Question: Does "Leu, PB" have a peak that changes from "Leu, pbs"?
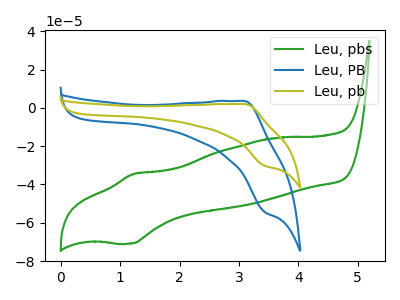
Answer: <think>The green curve "Leu, pbs" has an anodic peak at (1.25V, -34.50uA) and a cathodic peak at (1.20V, -70.85uA). The blue curve "Leu, PB" has an anodic peak at (3.10V, 3.60uA) and a cathodic peak at (3.45V, -54.50uA). The olive curve "Leu, pb" has an anodic peak at (3.10V, 2.00uA) and a cathodic peak at (3.45V, -30.30uA).
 "Leu, PB" and "Leu, pbs" have at least one peak that do not match.</think>
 <answer>Yes, "Leu, PB" and "Leu, pbs" are different in shape.</answer>
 <eval>yes_change</eval>